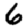
Digit: 6